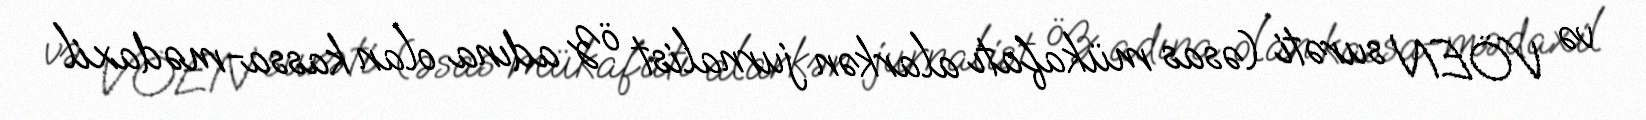
və VÖEN surəti (əsas mükafatı alarkən jurnalist öz adına olan kassa-mədaxil